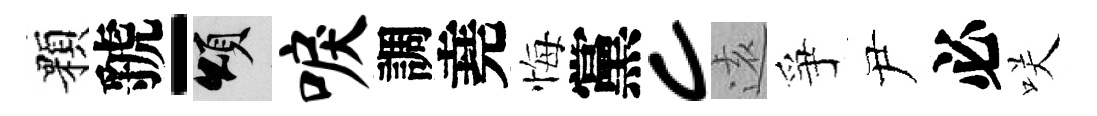
顆虢-頌唳調堯悔黨c逺爭尹必咲